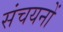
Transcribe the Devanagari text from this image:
संचयनों